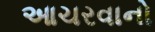
આચરવાનો